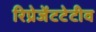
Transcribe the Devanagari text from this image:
रिप्रेजेंटटेटीव